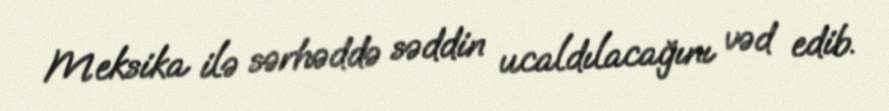
Meksika ilə sərhəddə səddin ucaldılacağını vəd edib.